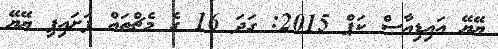
ޔޭޔޭ އައިޑިއާސް ކަޕް 2015: ގަދަ 16 ގެ މެޗްތައް ފަށައިފި ޔޭޔޭ